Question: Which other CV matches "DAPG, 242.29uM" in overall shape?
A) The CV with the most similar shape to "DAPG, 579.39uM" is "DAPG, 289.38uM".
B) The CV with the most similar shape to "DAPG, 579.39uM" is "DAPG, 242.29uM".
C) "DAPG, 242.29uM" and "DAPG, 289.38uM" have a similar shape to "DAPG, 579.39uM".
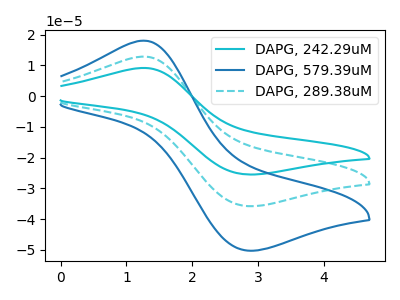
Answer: <think>The cyan curve "DAPG, 242.29uM" has an anodic peak at (1.25V, 25.65uA) and a cathodic peak at (2.85V, -71.55uA). The blue curve "DAPG, 579.39uM" has an anodic peak at (1.25V, 18.00uA) and a cathodic peak at (2.85V, -50.25uA). The cyan dashed curve "DAPG, 289.38uM" has an anodic peak at (1.25V, 12.85uA) and a cathodic peak at (2.85V, -35.80uA).
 All the peaks in "DAPG, 242.29uM" have a peak in "DAPG, 579.39uM" at the same potential. Every peak in "DAPG, 242.29uM" is higher than every peak in "DAPG, 579.39uM". All the peaks in "DAPG, 242.29uM" have a peak in "DAPG, 289.38uM" at the same potential. Every peak in "DAPG, 242.29uM" is higher than every peak in "DAPG, 289.38uM". All the peaks in "DAPG, 579.39uM" have a peak in "DAPG, 289.38uM" at the same potential. Every peak in "DAPG, 579.39uM" is higher than every peak in "DAPG, 289.38uM".</think>
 <answer>C) "DAPG, 242.29uM" and "DAPG, 289.38uM" have a similar shape to "DAPG, 579.39uM".</answer>
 <eval>C</eval>